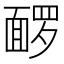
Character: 𬰡